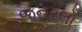
જનરલો